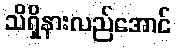
သိရှိနားလည်အောင်